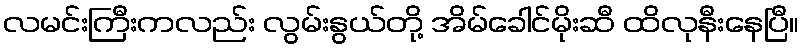
လမင်းကြီးကလည်း လွမ်းနွယ်တို့ အိမ်ခေါင်မိုးဆီ ထိလုနီးနေပြီ။